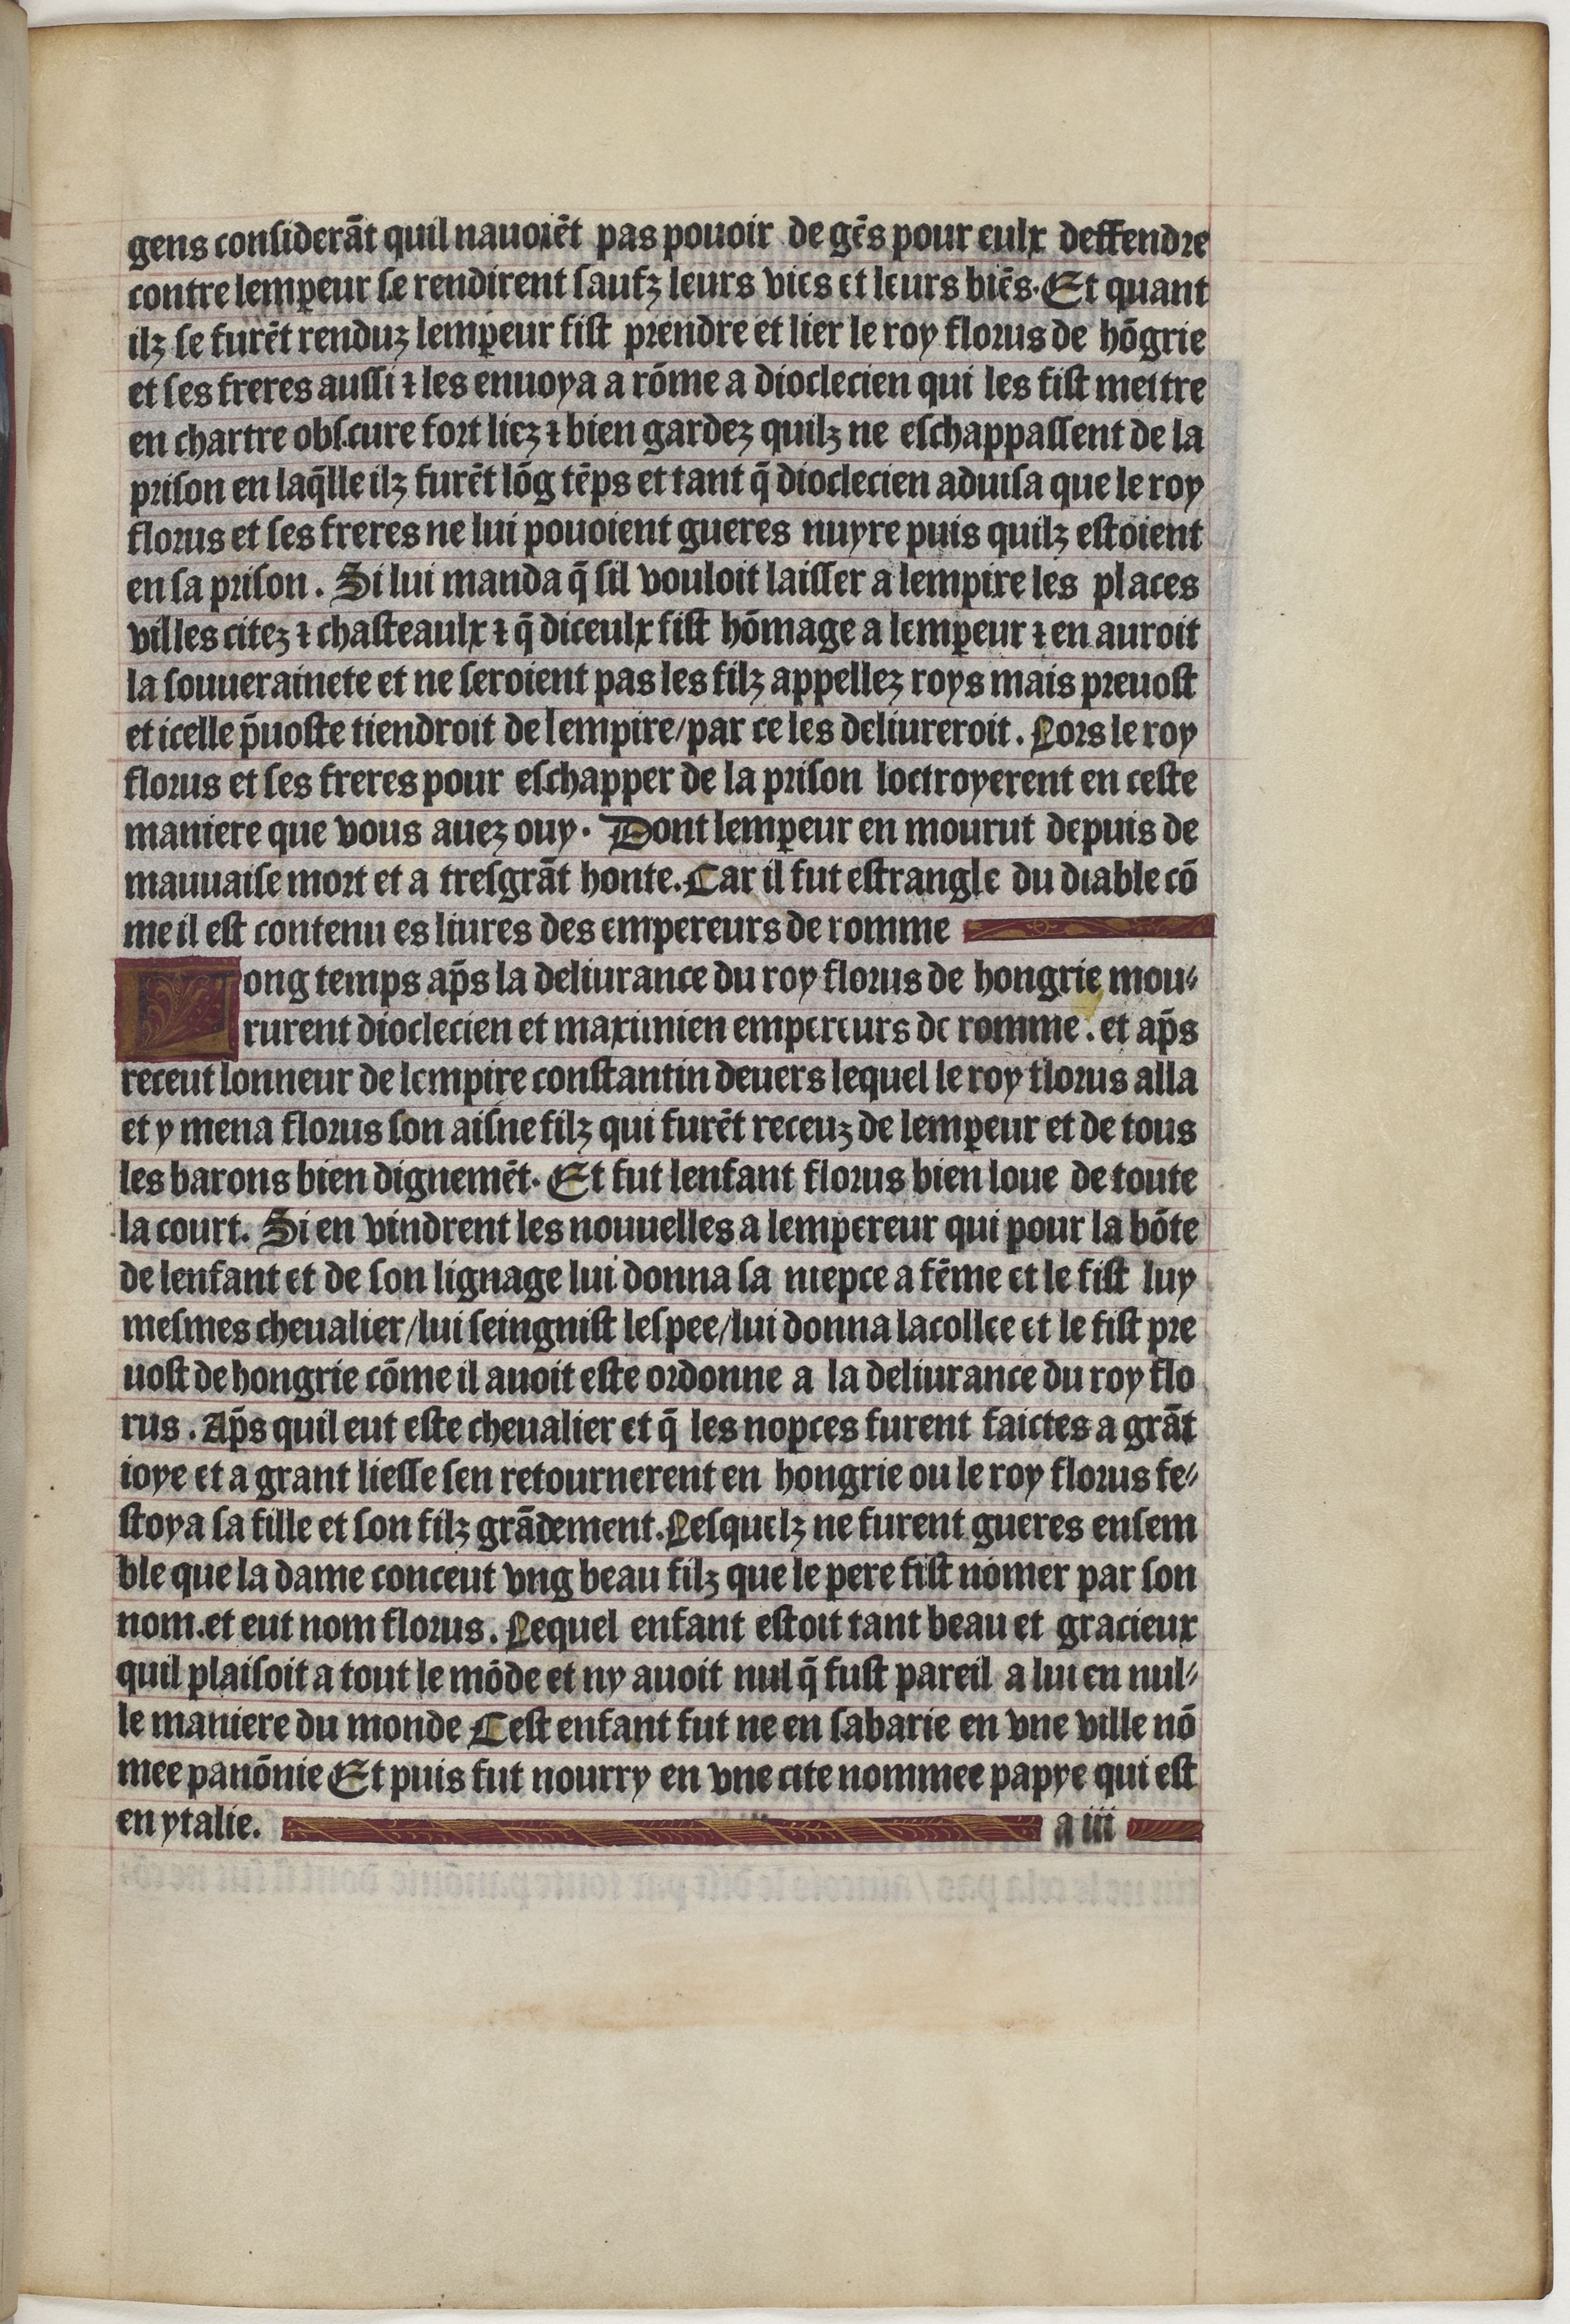
Shelfmark: Paris, BnF, Velins 1159
Century: 15